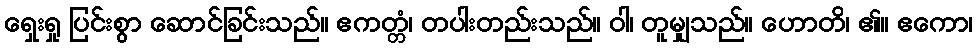
ရှေးရှု ပြင်းစွာ ဆောင်ခြင်းသည်။ ဧကတ္တံ၊ တပါးတည်းသည်။ ဝါ၊ တူမျှသည်။ ဟောတိ၊ ၏။ ဧကော၊